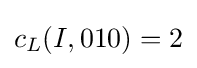
c_{L}(I,010)=2